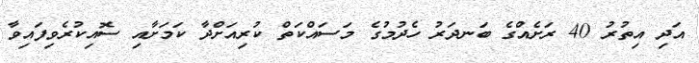
އަދި އިތުރު 40 ރަށެއްގެ ބަނދަރު ހެދުމުގެ މަސައްކަތް ކުރިއަށްދާ ކަމަށާއި ސޮއިކުރެވިފައިވާ